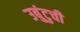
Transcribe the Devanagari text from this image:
उबुंटुची